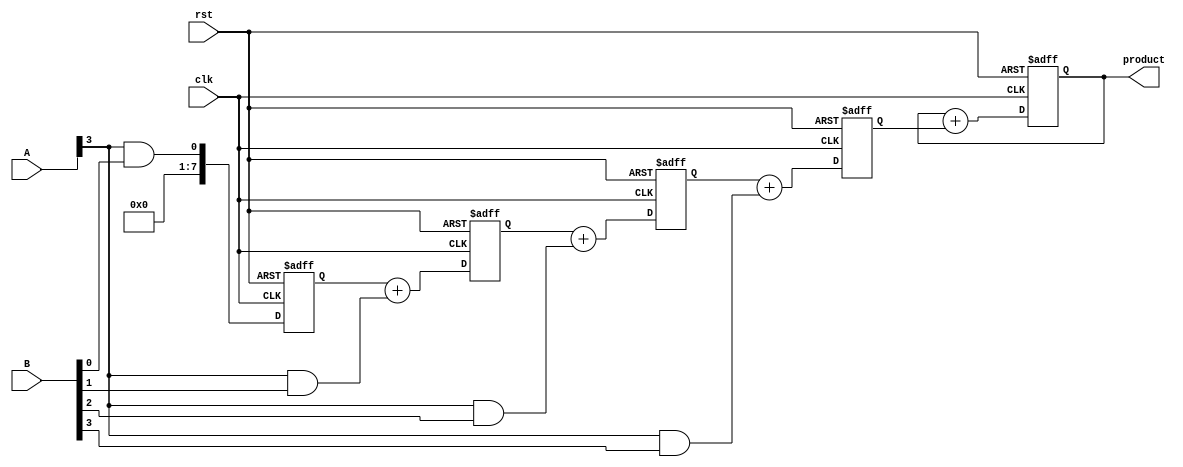
module systolic_multiplier #(
    parameter WIDTH_A = 4, // Bit width of multiplicand
    parameter WIDTH_B = 4  // Bit width of multiplier
)(
    input wire clk,
    input wire rst,
    input wire [WIDTH_A-1:0] A, // Multiplicand
    input wire [WIDTH_B-1:0] B, // Multiplier
    output reg [WIDTH_A + WIDTH_B - 1:0] product // Output product
);

    // Processing Elements (PEs)
    reg [WIDTH_A + WIDTH_B - 1:0] pe [0:WIDTH_A-1][0:WIDTH_B-1];
    reg [WIDTH_A + WIDTH_B - 1:0] partial_sum [0:WIDTH_A-1];

    integer i, j;

    // Initialize the PEs and partial sums
    always @(posedge clk or posedge rst) begin
        if (rst) begin
            // Reset all PEs and partial sums
            for (i = 0; i < WIDTH_A; i = i + 1) begin
                for (j = 0; j < WIDTH_B; j = j + 1) begin
                    pe[i][j] <= 0;
                end
                partial_sum[i] <= 0;
            end
            product <= 0;
        end else begin
            // Load the first row of PEs with partial products
            for (j = 0; j < WIDTH_B; j = j + 1) begin
                if (j < WIDTH_A) begin
                    pe[0][j] <= A[0] & B[j]; // First row multiplication
                end
            end

            // Systolic data flow
            for (i = 1; i < WIDTH_A; i = i + 1) begin
                for (j = 0; j < WIDTH_B; j = j + 1) begin
                    if (j == 0) begin
                        pe[i][j] <= A[i] & B[j]; // New partial product
                    end else begin
                        pe[i][j] <= pe[i][j-1] + (A[i] & B[j]); // Accumulate from left
                    end
                end
            end

            // Accumulate results from the last column of PEs
            product <= 0; // Reset product
            for (i = 0; i < WIDTH_A; i = i + 1) begin
                product <= product + pe[i][WIDTH_B-1]; // Sum up the last column
            end
        end
    end
endmodule